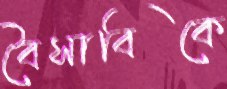
বৈসাবিকে